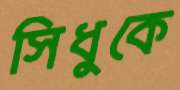
সিধুকে